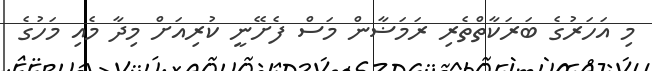
މި އަހަރުގެ ބަރަކާތްތެރި ރަމަޟާން މަސް ފެށޭނީ ކުރިއަަށް މިދާ މެއި މަހުގެ